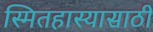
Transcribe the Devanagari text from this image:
स्मितहास्यासाठी